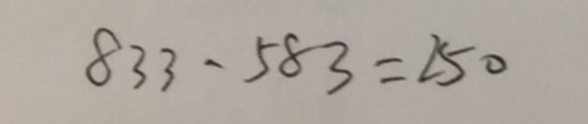
8 3 3 - 5 8 3 = 2 5 0